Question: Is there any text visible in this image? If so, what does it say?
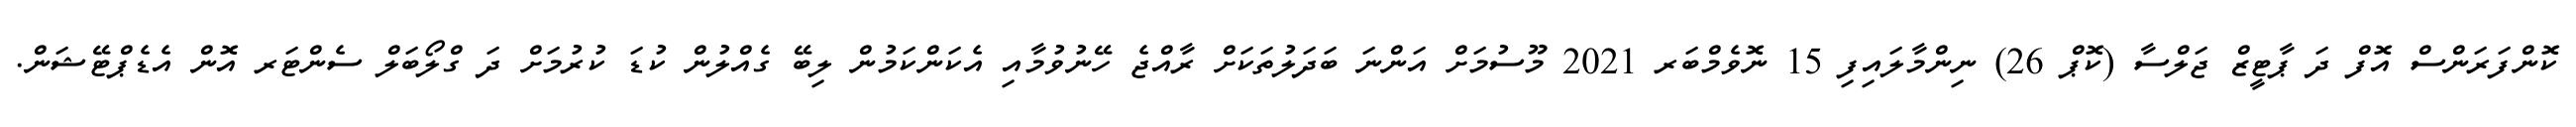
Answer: ކޮންފަރަންސް އޮފް ދަ ޕާޓީޒް ޖަލްސާ (ކޮޕް 26) ނިންމާލައިފި 15 ނޮވެމްބަރ 2021 މޫސުމަށް އަންނަ ބަދަލުތަކަށް ރާއްޖެ ހޭނުވުމާއި އެކަންކަމުން ލިބޭ ގެއްލުން ކުޑަ ކުރުމަށް ދަ ގްލޯބަލް ސެންޓަރ އޮން އެޑެޕްޓޭޝަން.